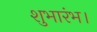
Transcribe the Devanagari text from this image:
शुभारंभ।